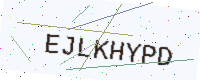
Text: EJLKHYPD